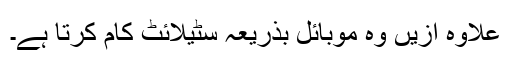
علاوہ ازیں وہ موبائل بذریعہ سٹیلائٹ کام کرتا ہے۔